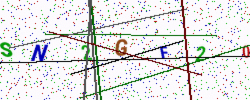
Text: SN2GF20